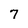
Character: 7